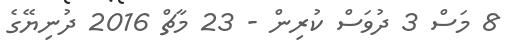
8 މަސް 3 ދުވަސް ކުރިން - 23 މާޗް 2016 ދުނިޔޭގެ